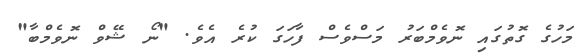
މަހުގެ ގޮތުގައި ނޮވެމްބަރު މަސްވެސް ފާހަގަ ކުރެ އެެވެ. "ނޯ ޝޭވް ނޮވެމްބާ"